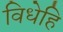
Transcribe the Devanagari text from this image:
विधेहि